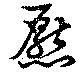
懕